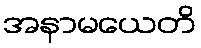
အနာမယေတိ